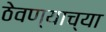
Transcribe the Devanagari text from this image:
ठेवण्‍याच्‍या